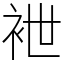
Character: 袣